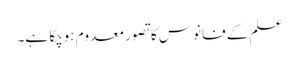
علم کے فانوس کا تصور معدوم ہوچکا ہے۔